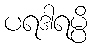
ပရဒါရမ္ပိ